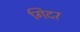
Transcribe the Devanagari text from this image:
गिदर